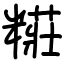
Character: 糚